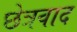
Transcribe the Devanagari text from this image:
छेत्रवाद